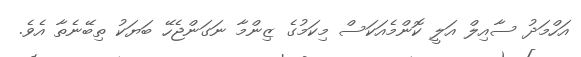
އަހްމަދު ސާއިލް އަލީ ކޮންމެއަކަސް މިކަމުގެ ޒިންމާ ނަގަންޖެހޭ ބަޔަކު ތިބޭނެތާ އެވެ.